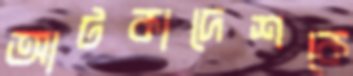
আটকাদেশকে